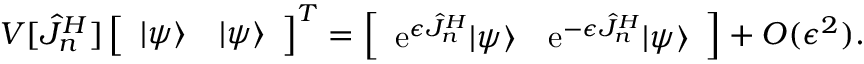
V [ \hat { J } _ { n } ^ { H } ] \left[ \begin{array} { l l } { | \psi \rangle } & { | \psi \rangle } \end{array} \right] ^ { T } = \left[ \begin{array} { l l } { \mathrm { e } ^ { \epsilon \hat { J } _ { n } ^ { H } } | \psi \rangle } & { \mathrm { e } ^ { - \epsilon \hat { J } _ { n } ^ { H } } | \psi \rangle } \end{array} \right] + O ( \epsilon ^ { 2 } ) .